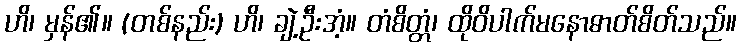
ဟိ၊ မှန်၏။ (တစ်နည်း) ဟိ၊ ချဲ့ဦးအံ့။ တံစိတ္တံ၊ ထိုဝိပါက်မနောဓာတ်စိတ်သည်။